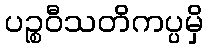
ပဉ္စဝီသတိကပ္ပမှိ